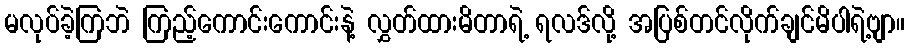
မလုပ်ခဲ့ကြဘဲ ကြည့်ကောင်းကောင်းနဲ့ လွှတ်ထားမိတာရဲ့ ရလဒ်လို့ အပြစ်တင်လိုက်ချင်မိပါရဲ့ဗျာ။